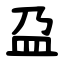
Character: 盁